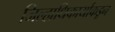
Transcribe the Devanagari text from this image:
जिल्हाधिकार्याकडून